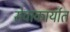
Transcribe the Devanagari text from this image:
सेवाकार्यात